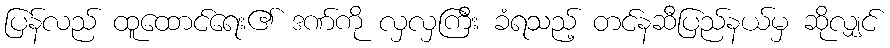
ပြန်လည် ထူထောင်ရေး၏ ဒဏ်ကို လှလှကြီး ခံရသည့် တင်နဆီပြည်နယ်မှ ဆိုလျှင်